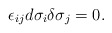
\begin{align*}\epsilon_{ij}d\sigma_i\delta\sigma_j=0.\end{align*}